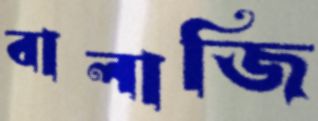
বালাজি